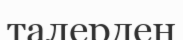
талерден